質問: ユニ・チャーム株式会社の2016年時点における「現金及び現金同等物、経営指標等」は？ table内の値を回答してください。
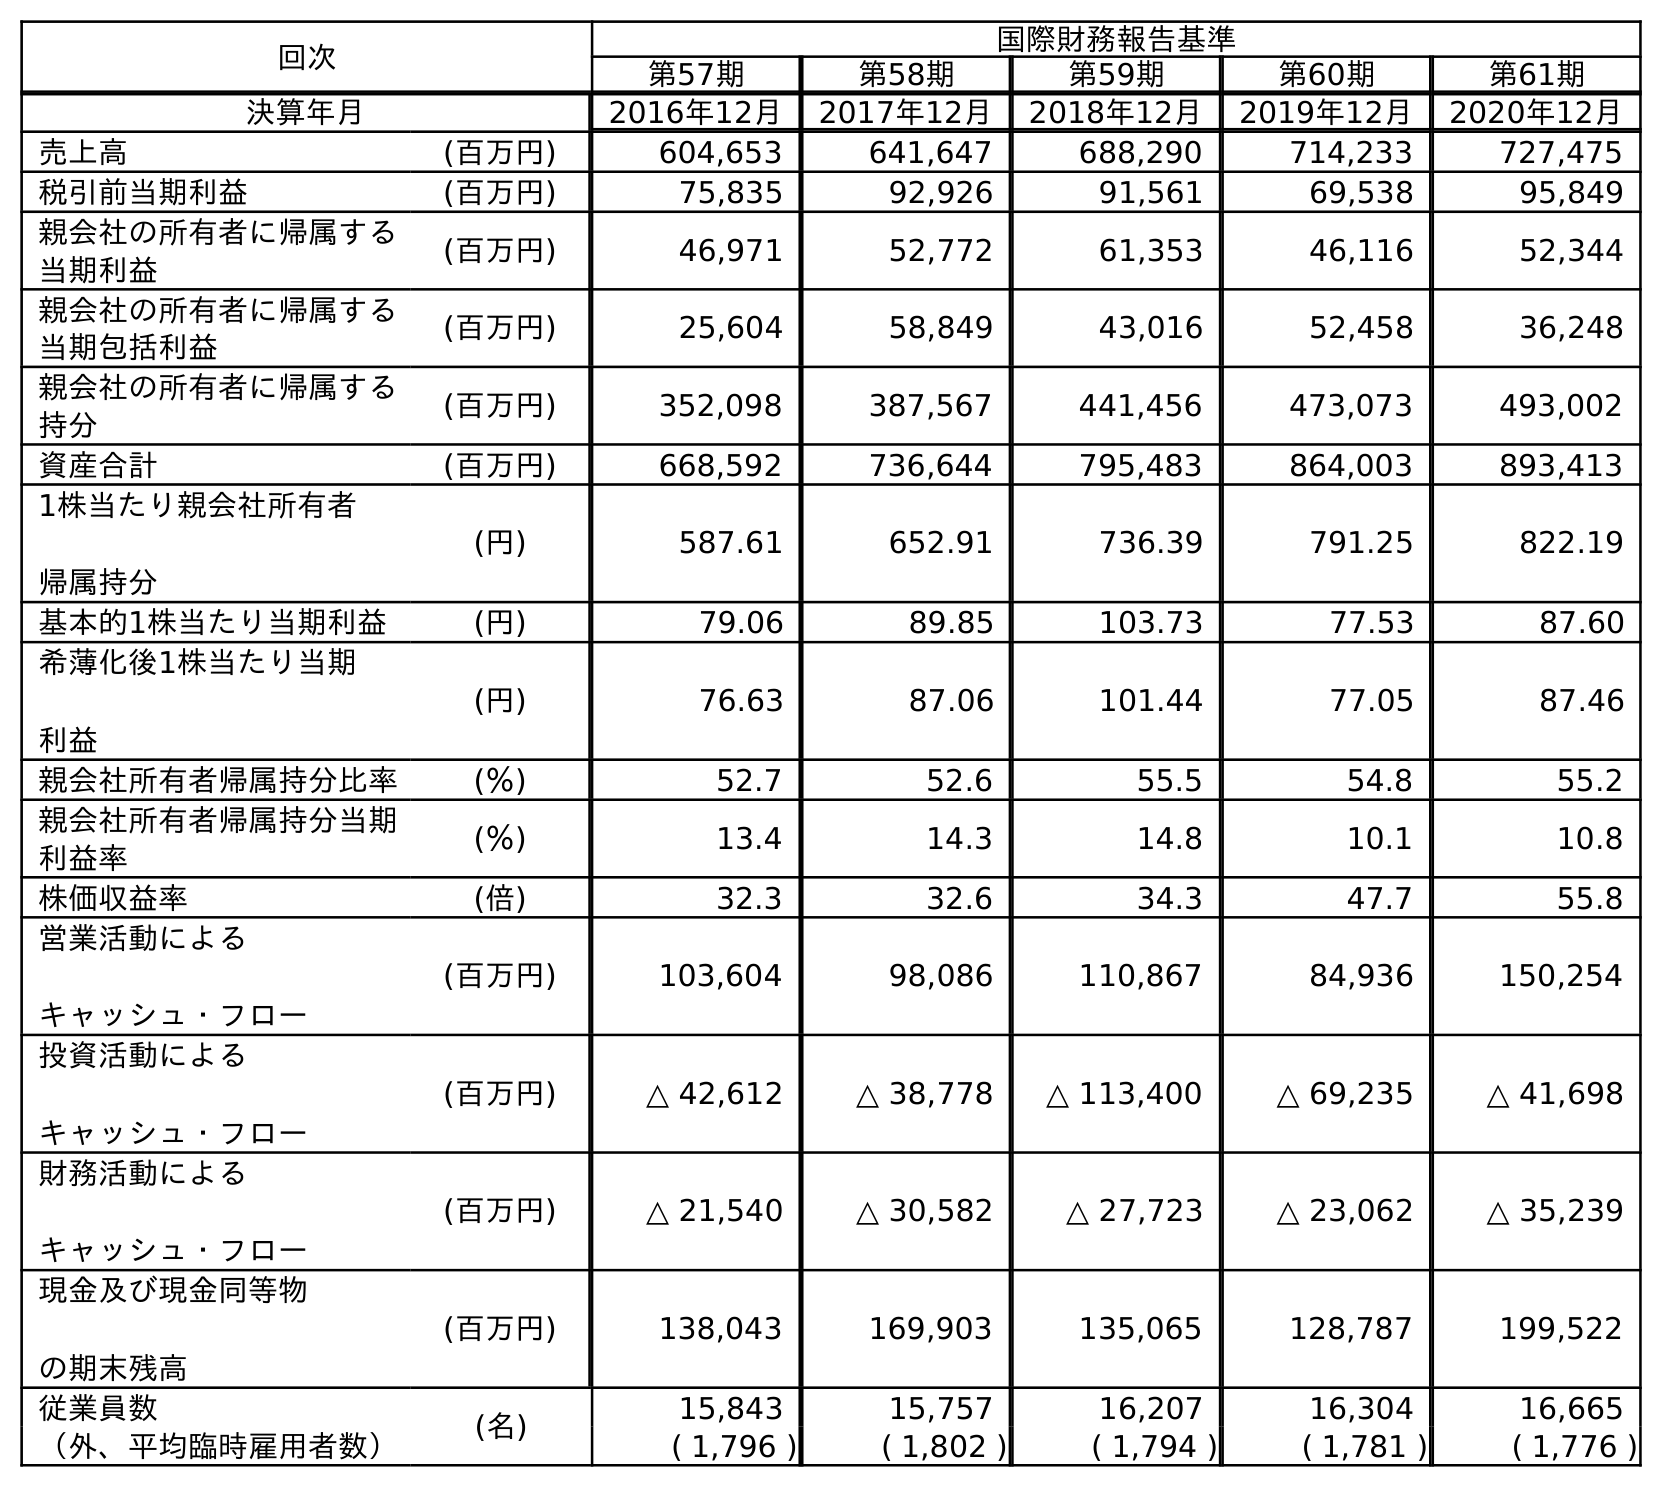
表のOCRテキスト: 回次 国際財務報告基準 第57期 第58期 第59期 第60期 第61期 決算年月 2016年12月 2017年12月 2018年12月 2019年12月 2020年12月 売上高 (百万円) 604,653 641,647 688,290 714,233 727,475 税引前当期利益 (百万円) 75,835 92,926 91,561 69,538 95,849 親会社の所有者に帰属する 当期利益 (百万円) 46,971 52,772 61,353 46,116 52,344 親会社の所有者に帰属する 当期包括利益 (百万円) 25,604 58,849 43,016 52,458 36,248 親会社の所有者に帰属する 持分 (百万円) 352,098 387,567 441,456 473,073 493,002 資産合計 (百万円) 668,592 736,644 795,483 864,003 893,413 1株当たり親会社所有者 帰属持分 (円) 587.61 652.91 736.39 791.25 822.19 基本的1株当たり当期利益 (円) 79.06 89.85 103.73 77.53 87.60 希薄化後1株当たり当期 利益 (円) 76.63 87.06 101.44 77.05 87.46 親会社所有者帰属持分比率 (％) 52.7 52.6 55.5 54.8 55.2 親会社所有者帰属持分当期 利益率 (％) 13.4 14.3 14.8 10.1 10.8 株価収益率 (倍) 32.3 32.6 34.3 47.7 55.8 営業活動による キャッシュ・フロー (百万円) 103,604 98,086 110,867 84,936 150,254 投資活動による キャッシュ・フロー (百万円) △ 42,612 △ 38,778 △ 113,400 △ 69,235 △ 41,698 財務活動による キャッシュ・フロー (百万円) △ 21,540 △ 30,582 △ 27,723 △ 23,062 △ 35,239 現金及び現金同等物 の期末残高 (百万円) 138,043 169,903 135,065 128,787 199,522 従業員数 (名) 15,843 15,757 16,207 16,304 16,665 （外、平均臨時雇用者数） ( 1,796 ) ( 1,802 ) ( 1,794 ) ( 1,781 ) ( 1,776 )
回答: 138,043